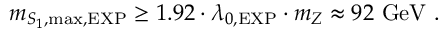
m _ { S _ { 1 } , \mathrm { m a x } , \mathrm { E X P } } \ge 1 . 9 2 \cdot \lambda _ { 0 , \mathrm { E X P } } \cdot m _ { Z } \approx 9 2 \ \mathrm { G e V } \ .